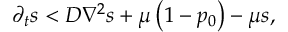
\partial _ { t } s < D \nabla ^ { 2 } s + \mu \left( 1 - p _ { 0 } \right) - \mu s ,